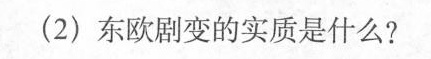
(2)东欧剧变的实质是什么?